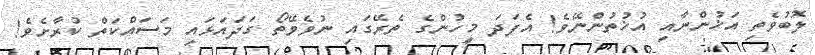
ލޮބުވެތި އަޚުންނާއި އުޚުތުންނޭވެ! އެފަދަ މީހުންގެ ތެރޭގައި ނުވެވޭތޯ ގަދައަޅައި މަސައްކަތް ކުރާށެވެ!